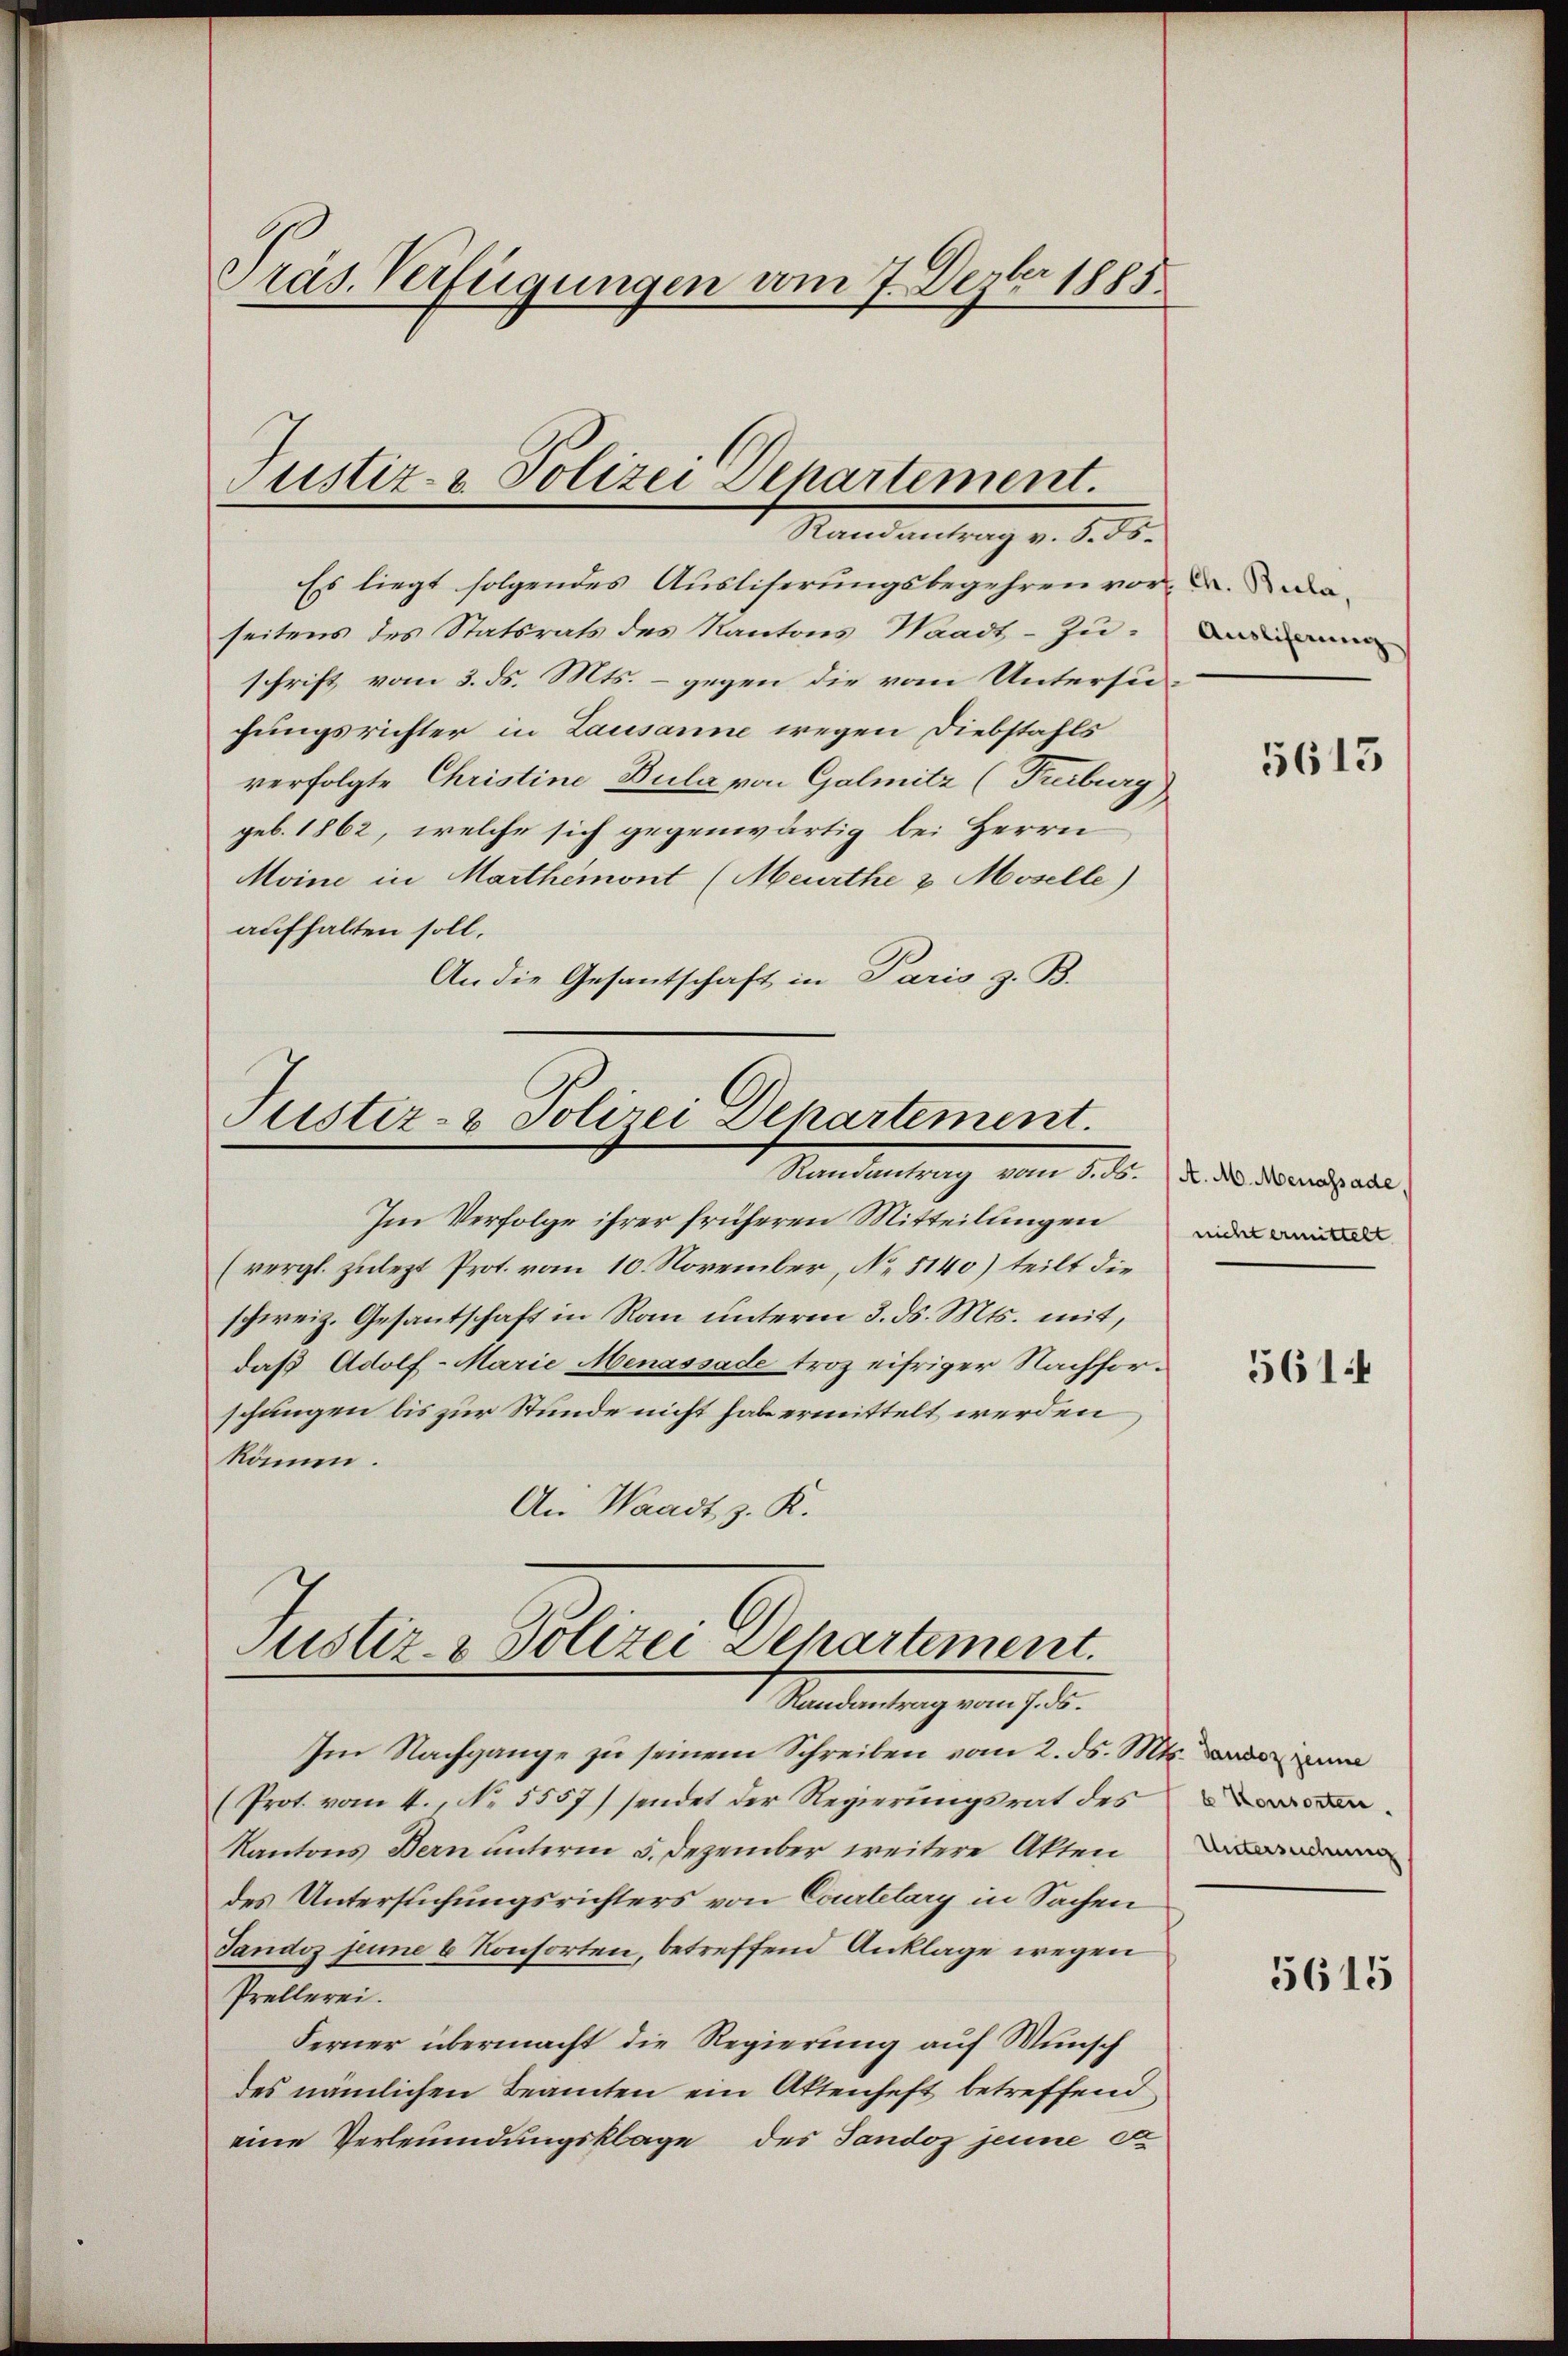
Präs. Verfügungen vom 7. Dezbr 1885.

Es liegt folgendes Ausliserungsbegehren vor u. daseitens des Statsrats des Kantons Waadt - zu-
schrift vom 3. ds. Mts. – gegen die vom Untersuhungsrichter in Lausanne wegen Diebstahls
verfolgte Christine Bula von Galmitz (Freiburg
geb. 1862, welche sich gegenwärtig bei Herrn
Moine in Marthemont (Meurthe u Moselle)
aufhalten soll.
An die Gesantschaft in Paris z. B.

Justiz- & Polizei Departement.
Randantrag v. 8. ds.

Justiz- & Polizei Departement.
Randantrag vom 5. ds.

Justiz- & Polizei Departement.
Randantrag vom 7. ds.

Im Verfolge ihrer früheren Mitteilungen
(vergl. zulezt Prot. vom 10. November, No 5140) teilt die
schweiz. Gesantschaft in Rau unterm 3. ds. Mts. mit,
daß Adolf-Marie Menassade troz eifriger Nachforschungen bis zur Stunde nicht hab ermittelt werden
könne.
An Waadt z. K.

Im Nachgange zu seinem Schreiben vom 2. ds. Mts.
(Prot. vom 4. No. 5557) sendet der Regierungsrat des
Kantons Bern unterm 5. Dezember weitere Akten
des Untersuchungsrichters von Courtelary in Sachen
Tandos seine 8 Konsorten, betreffend Anklage wegen
Prellerei.
Ferner übermacht die Regierung auf Wunsch
des nämlichen Beamten ein Aktenheft betreffend
eine Verleumdungsklage des Tandoz jenne de

5615

A. M. Menassade.
nicht ermittelt

5614

Untersuchung

5615